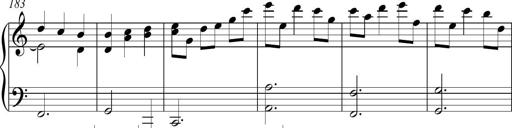
Title: Piano Sonatina in C
Composer: Daniel LÃ©o Simpson
Key: C major